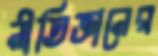
নীতিজ্ঞানের